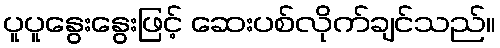
ပူပူနွေးနွေးဖြင့် ဆေးပစ်လိုက်ချင်သည်။